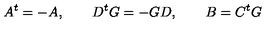
A ^ { t } = - A , \qquad D ^ { t } G = - G D , \qquad B = C ^ { t } G